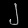
Digit: ၂